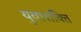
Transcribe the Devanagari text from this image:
युवाशक्‍ित